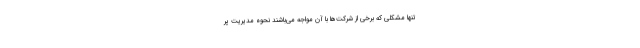
تنها مشکلی که برخی از شرکت‌ها با آن مواجه می‌باشند نحوه مدیریت پر